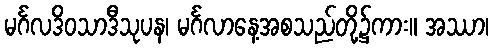
မင်္ဂလဒိဝသာဒီသုပန၊ မင်္ဂလာနေ့အစသည်တို့၌ကား။ အဿာ၊